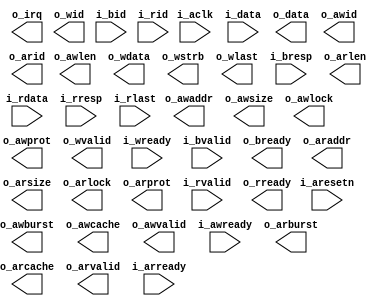
module master_axi
    #(parameter ID_WIDTH = 4,
                ADDR_WIDTH = 31,
                DATA_WIDTH = 128)
(
    input                   i_aclk   ,
    input                   i_aresetn,
    output                  o_irq    ,
    input  [15:0]           i_data,
    output [15:0]           o_data,
    output [ID_WIDTH-1:0]   o_awid   ,
    output [ADDR_WIDTH-1:0]           o_awaddr ,
    output [7:0]            o_awlen  ,
    output [2:0]            o_awsize ,
    output [1:0]            o_awburst,
    output             o_awlock ,
    output [3:0]            o_awcache,
    output [2:0]            o_awprot ,
    output                  o_awvalid,
    input                   i_awready,
    output [ID_WIDTH-1:0]   o_wid    ,
    output [DATA_WIDTH-1:0] o_wdata  ,
    output [DATA_WIDTH/8-1:0] o_wstrb  ,
    output                    o_wlast  ,
    output                  o_wvalid ,
    input                   i_wready ,
    input  [ID_WIDTH-1:0]   i_bid    ,
    input  [1:0]            i_bresp  ,
    input                   i_bvalid ,
    output                  o_bready ,
    output [ID_WIDTH-1:0]   o_arid   ,
    output [ADDR_WIDTH-1:0]           o_araddr ,
    output [7:0]            o_arlen  ,
    output [2:0]            o_arsize ,
    output [1:0]            o_arburst,
    output [1:0]            o_arlock ,
    output [3:0]            o_arcache,
    output [2:0]            o_arprot ,
    output                  o_arvalid,
    input                   i_arready,
    input  [ID_WIDTH-1:0]   i_rid    ,
    input  [DATA_WIDTH-1:0] i_rdata  ,
    input  [1:0]      i_rresp  ,
    input             i_rlast  ,
    input             i_rvalid ,
    output            o_rready 
);


endmodule